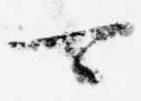
可